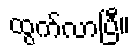
ထွက်လာပြီ။